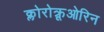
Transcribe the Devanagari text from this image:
क्लोरोक्रूओरिन